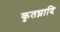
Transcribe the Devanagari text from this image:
कृतघ्नादि